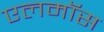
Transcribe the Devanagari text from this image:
एलमॉस